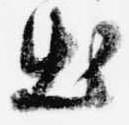
出